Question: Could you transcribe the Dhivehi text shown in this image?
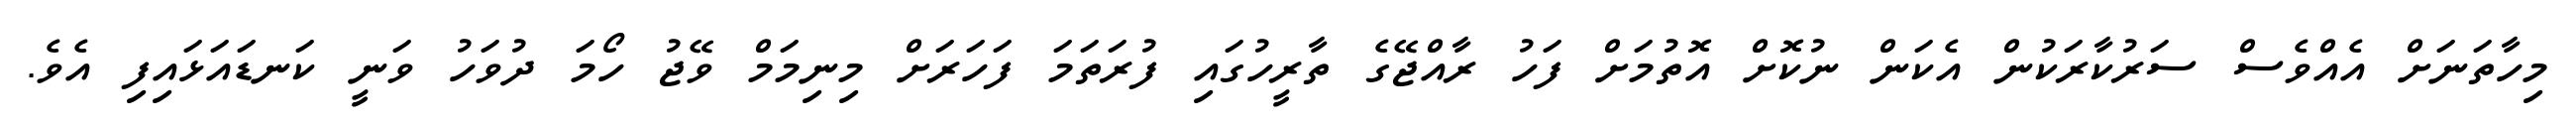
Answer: މިހާތަނަށް އެއްވެސް ސަރުކާރަކުން އެކަން ނުކޮށް އޮތުމަށް ފަހު ރާއްޖޭގެ ތާރީހުގައި ފުރަތަމަ ފަހަރަށް މިނިމަމް ވޭޖު ހޯމަ ދުވަހު ވަނީ ކަނޑައަޅައިފި އެވެ.